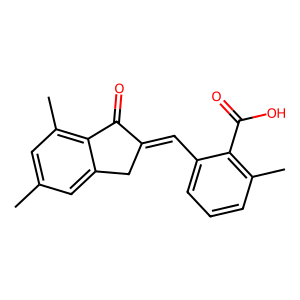
SMILES: Cc1cc(C)c2c(c1)CC(=Cc1cccc(C)c1C(=O)O)C2=O
Inhibits HIV replication: No